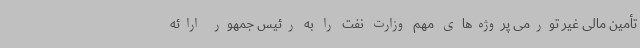
تأمین مالی غیر تورمی پروژه‌های مهم وزارت نفت را به رئیس جمهور ارائه